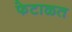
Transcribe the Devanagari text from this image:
फेटाळत